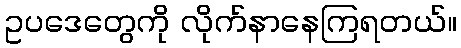
ဥပဒေတွေကို လိုက်နာနေကြရတယ်။